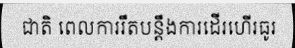
ជាតិ ពេលការរឹតបន្តឹងការដើរហើរធូរ